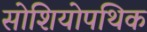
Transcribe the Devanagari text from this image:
सोशियोपथिक